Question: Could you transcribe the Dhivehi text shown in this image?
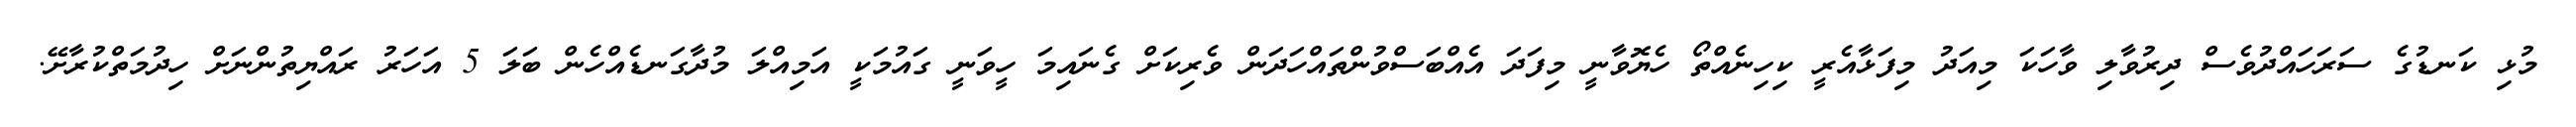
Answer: މުޅި ކަނޑުގެ ސަރަހައްދުވެސް ދިރުވާލި ވާހަކަ މިއަދު މިފަޅާއެރީ ކިހިނެއްތޯ ހެޔޮވާނީ މިފަދަ އެއްބަސްވުންތައްހަދަން ވެރިކަށް ގެނައިމަ ހީވަނީ ގައުމަކީ އަމިއްލަ މުދާގަނޑެއްހެން ބަލަ 5 އަހަރު ރައްޔިތުންނަށް ހިދުމަތްކުރާށޭ.